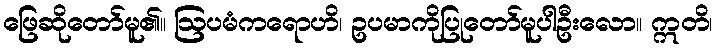
ဖြေဆိုတော်မူ၏။ ဩပမံကရောဟိ၊ ဥပမာကိုပြုတော်မူပါဦးလော။ ဣတိ၊